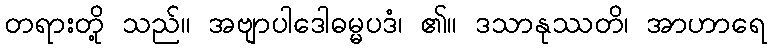
တရားတို့ သည်။ အဗျာပါဒေါဓမ္မပဒံ၊ ၏။ ဒသာနုဿတိ၊ အာဟာရေ